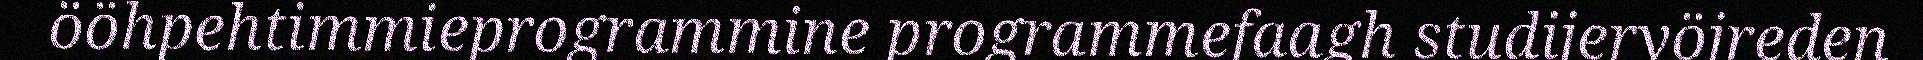
ööhpehtimmieprogrammine programmefaagh studijeryöjreden